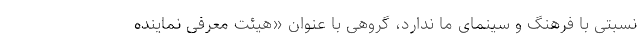
نسبتی با فرهنگ و سینمای ما ندارد، گروهی با عنوان «هیئت معرفی نماینده